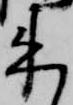
来